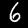
Digit: 6